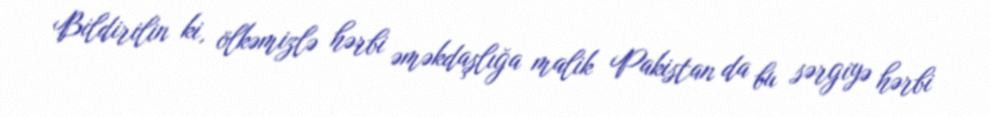
Bildirilin ki, ölkəmizlə hərbi əməkdaşlığa malik Pakistan da bu sərgiyə hərbi